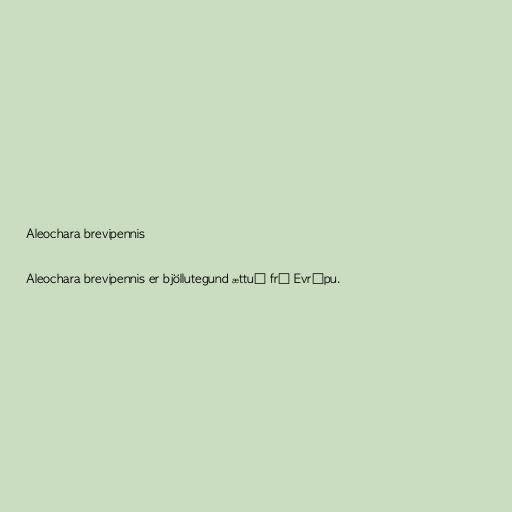
Aleochara brevipennis

Aleochara brevipennis er bjöllutegund ættuð frá Evrópu.